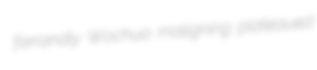
farrandly Wochua maligning plateaued